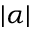
| \alpha |